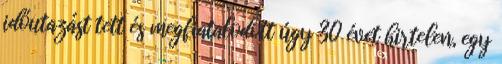
időutazást tett és megfiatalodott úgy 30 évet hirtelen, egy